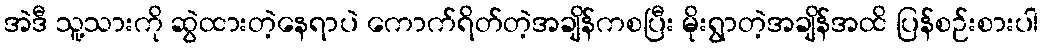
အဲဒီ သူ့သားကို ဆွဲထားတဲ့နေရာပဲ ကောက်ရိတ်တဲ့အချိန်ကစပြီး မိုးရွာတဲ့အချိန်အထိ ပြန်စဉ်းစားပါ